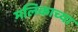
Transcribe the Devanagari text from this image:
मलिकाच्या